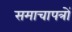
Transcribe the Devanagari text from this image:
समाचापत्रों